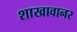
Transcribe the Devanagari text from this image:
शाखावानर